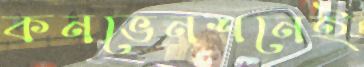
কনভেনশনেই